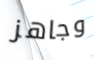
وجاهز